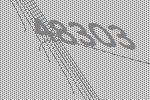
48303